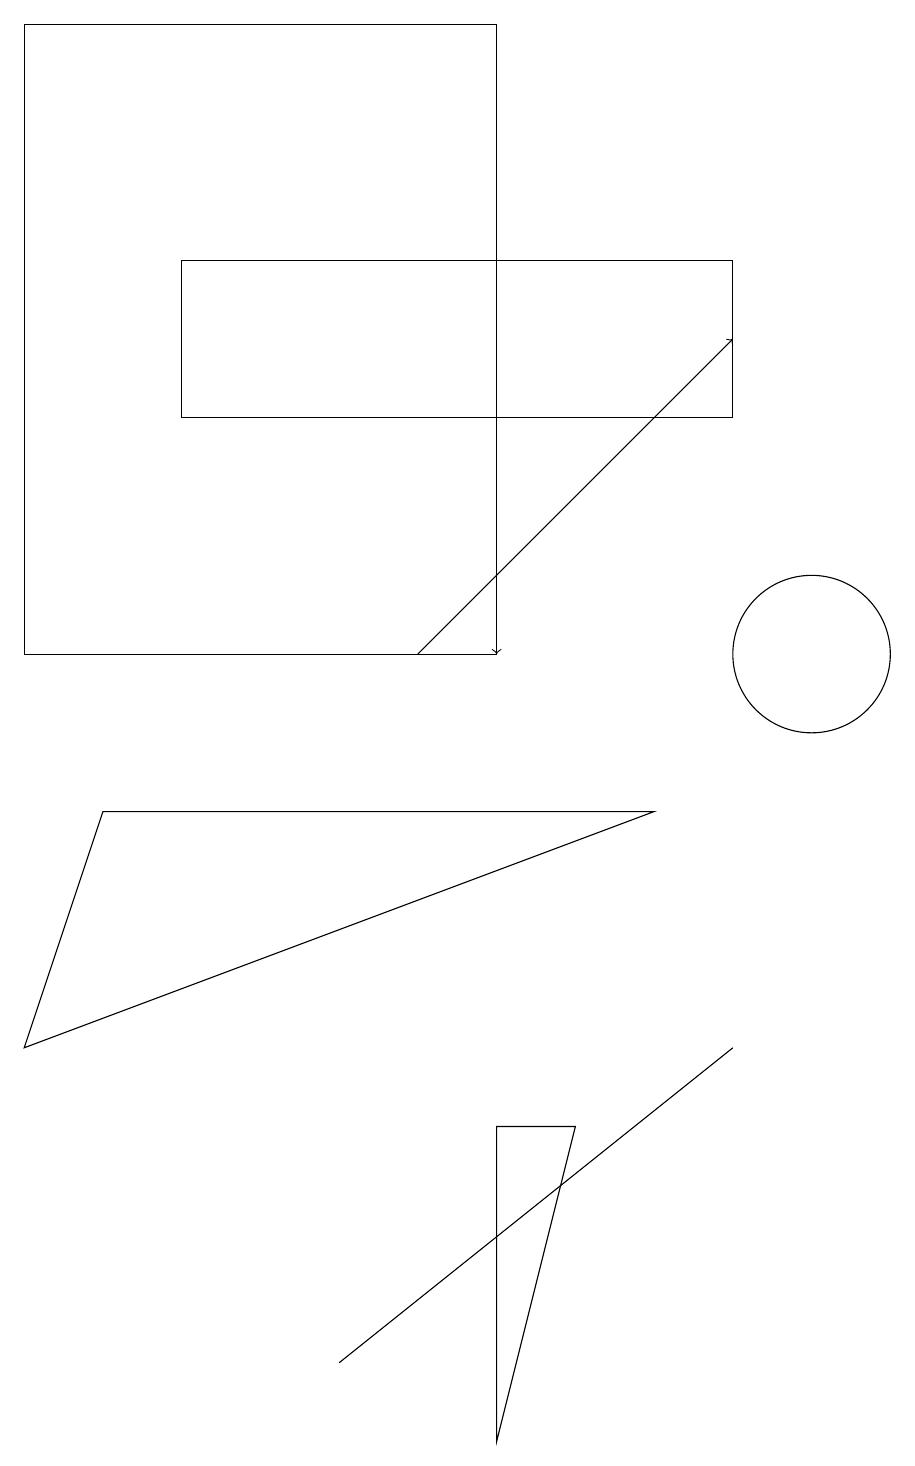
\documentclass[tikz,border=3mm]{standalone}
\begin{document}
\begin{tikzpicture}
\draw (2,13) rectangle (9,15);
\draw (7,4) -- (6,0) -- (6,4) -- cycle;
\draw (10,10) circle (1);
\draw (6,10) rectangle (0,18);
\draw[->] (5,10) -- (9,14);
\draw (0,5) -- (8,8) -- (1,8) -- cycle;
\draw (9,5) -- (4,1) -- (4,1) -- cycle;
\draw[->] (6,15) -- (6,10);
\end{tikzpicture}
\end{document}